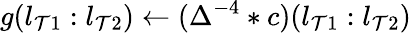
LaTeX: g(l_{\mathcal{T}1}:l_{\mathcal{T}2})\gets(\Delta^{-4}*c)(l_{\mathcal{T}1}:l_{\mathcal{T}2})